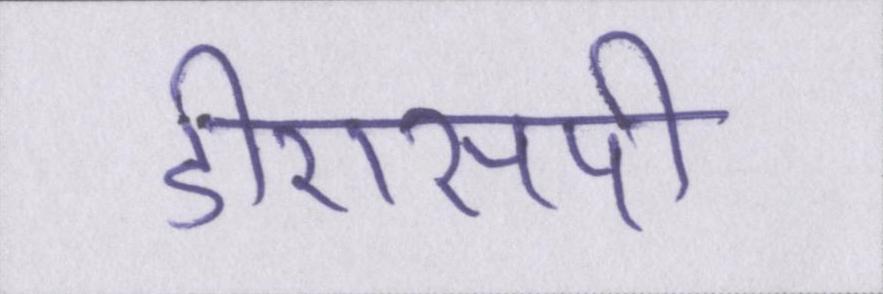
डीएसपी